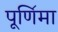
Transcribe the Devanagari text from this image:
पूणि॔मा